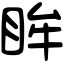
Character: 眸